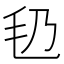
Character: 㲌